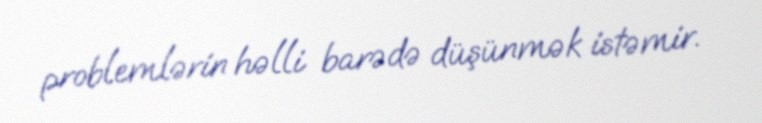
problemlərin həlli barədə düşünmək istəmir.